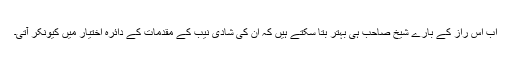
اب اس راز کے بارے شیخ صاحب ہی بہتر بتا سکتے ہیں کہ ان کی شادی نیب کے مقدمات کے دائرہ اختیار میں کیونکر آتی۔